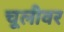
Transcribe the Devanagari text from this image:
चूलीवर